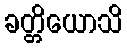
ခတ္တိယောသိ